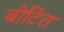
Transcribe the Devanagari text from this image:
बोटित